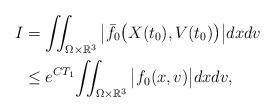
LaTeX: \begin{align*} I & = \iint_{\Omega\times\mathbb{R}^3} \big|\bar{f_0}\big(X(t_0),V(t_0)\big)\big|dxdv \\ & \leq e^{C T_1}\! \iint_{\Omega\times\mathbb{R}^3} \big|f_0(x,v)\big|dxdv , \end{align*}